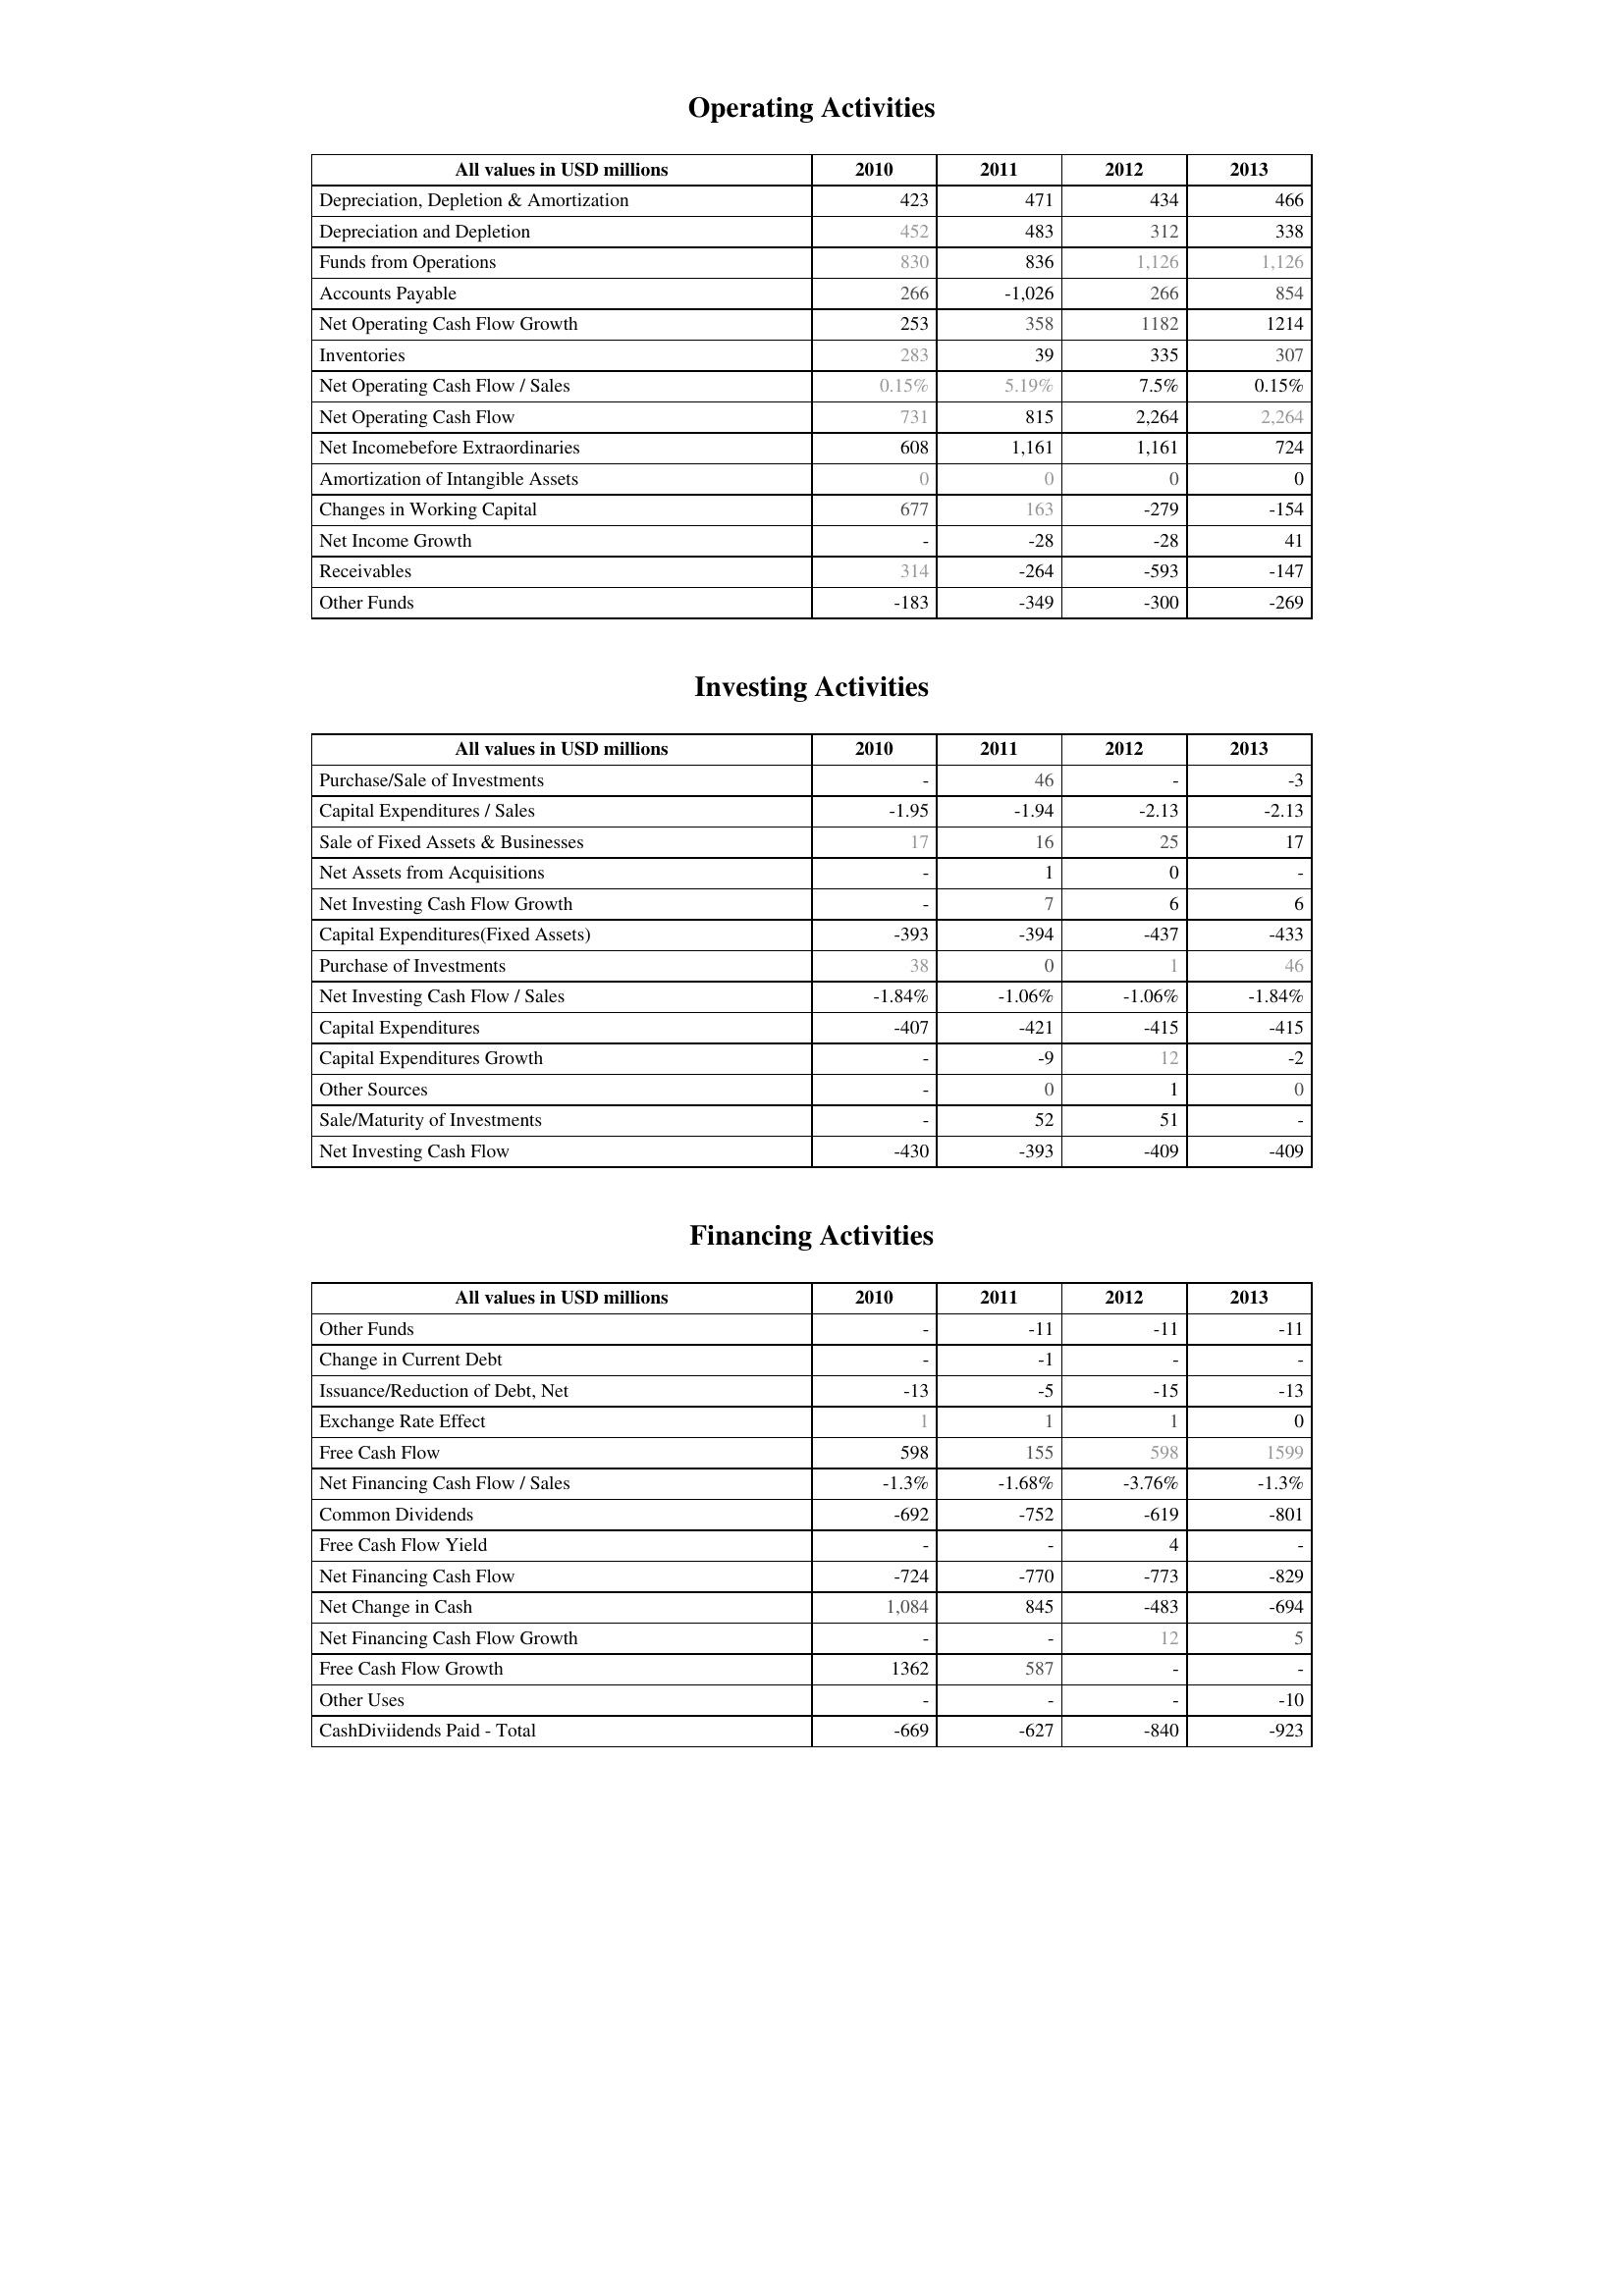
2010: Operating Activities: Depreciation, Depletion & Amortization: 423
Depreciation and Depletion: 452
Funds from Operations: 830
Accounts Payable: 266
Net Operating Cash Flow Growth: 253
Inventories: 283
Net Operating Cash Flow / Sales: 0.15%
Net Operating Cash Flow: 731
Net Incomebefore Extraordinaries: 608
Amortization of Intangible Assets: 0
Changes in Working Capital: 677
Net Income Growth: -
Receivables: 314
Other Funds: -183
Investing Activities: Purchase/Sale of Investments: -
Capital Expenditures / Sales: -1.95
Sale of Fixed Assets & Businesses: 17
Net Assets from Acquisitions: -
Net Investing Cash Flow Growth: -
Capital Expenditures(Fixed Assets): -393
Purchase of Investments: 38
Net Investing Cash Flow / Sales: -1.84%
Capital Expenditures: -407
Capital Expenditures Growth: -
Other Sources: -
Sale/Maturity of Investments: -
Net Investing Cash Flow: -430
Financing Activities: Other Funds: -
Change in Current Debt: -
Issuance/Reduction of Debt, Net: -13
Exchange Rate Effect: 1
Free Cash Flow: 598
Net Financing Cash Flow / Sales: -1.3%
Common Dividends: -692
Free Cash Flow Yield: -
Net Financing Cash Flow: -724
Net Change in Cash: 1,084
Net Financing Cash Flow Growth: -
Free Cash Flow Growth: 1362
Other Uses: -
CashDiviidends Paid - Total: -669
2011: Operating Activities: Depreciation, Depletion & Amortization: 471
Depreciation and Depletion: 483
Funds from Operations: 836
Accounts Payable: -1,026
Net Operating Cash Flow Growth: 358
Inventories: 39
Net Operating Cash Flow / Sales: 5.19%
Net Operating Cash Flow: 815
Net Incomebefore Extraordinaries: 1,161
Amortization of Intangible Assets: 0
Changes in Working Capital: 163
Net Income Growth: -28
Receivables: -264
Other Funds: -349
Investing Activities: Purchase/Sale of Investments: 46
Capital Expenditures / Sales: -1.94
Sale of Fixed Assets & Businesses: 16
Net Assets from Acquisitions: 1
Net Investing Cash Flow Growth: 7
Capital Expenditures(Fixed Assets): -394
Purchase of Investments: 0
Net Investing Cash Flow / Sales: -1.06%
Capital Expenditures: -421
Capital Expenditures Growth: -9
Other Sources: 0
Sale/Maturity of Investments: 52
Net Investing Cash Flow: -393
Financing Activities: Other Funds: -11
Change in Current Debt: -1
Issuance/Reduction of Debt, Net: -5
Exchange Rate Effect: 1
Free Cash Flow: 155
Net Financing Cash Flow / Sales: -1.68%
Common Dividends: -752
Free Cash Flow Yield: -
Net Financing Cash Flow: -770
Net Change in Cash: 845
Net Financing Cash Flow Growth: -
Free Cash Flow Growth: 587
Other Uses: -
CashDiviidends Paid - Total: -627
2012: Operating Activities: Depreciation, Depletion & Amortization: 434
Depreciation and Depletion: 312
Funds from Operations: 1,126
Accounts Payable: 266
Net Operating Cash Flow Growth: 1182
Inventories: 335
Net Operating Cash Flow / Sales: 7.5%
Net Operating Cash Flow: 2,264
Net Incomebefore Extraordinaries: 1,161
Amortization of Intangible Assets: 0
Changes in Working Capital: -279
Net Income Growth: -28
Receivables: -593
Other Funds: -300
Investing Activities: Purchase/Sale of Investments: -
Capital Expenditures / Sales: -2.13
Sale of Fixed Assets & Businesses: 25
Net Assets from Acquisitions: 0
Net Investing Cash Flow Growth: 6
Capital Expenditures(Fixed Assets): -437
Purchase of Investments: 1
Net Investing Cash Flow / Sales: -1.06%
Capital Expenditures: -415
Capital Expenditures Growth: 12
Other Sources: 1
Sale/Maturity of Investments: 51
Net Investing Cash Flow: -409
Financing Activities: Other Funds: -11
Change in Current Debt: -
Issuance/Reduction of Debt, Net: -15
Exchange Rate Effect: 1
Free Cash Flow: 598
Net Financing Cash Flow / Sales: -3.76%
Common Dividends: -619
Free Cash Flow Yield: 4
Net Financing Cash Flow: -773
Net Change in Cash: -483
Net Financing Cash Flow Growth: 12
Free Cash Flow Growth: -
Other Uses: -
CashDiviidends Paid - Total: -840
2013: Operating Activities: Depreciation, Depletion & Amortization: 466
Depreciation and Depletion: 338
Funds from Operations: 1,126
Accounts Payable: 854
Net Operating Cash Flow Growth: 1214
Inventories: 307
Net Operating Cash Flow / Sales: 0.15%
Net Operating Cash Flow: 2,264
Net Incomebefore Extraordinaries: 724
Amortization of Intangible Assets: 0
Changes in Working Capital: -154
Net Income Growth: 41
Receivables: -147
Other Funds: -269
Investing Activities: Purchase/Sale of Investments: -3
Capital Expenditures / Sales: -2.13
Sale of Fixed Assets & Businesses: 17
Net Assets from Acquisitions: -
Net Investing Cash Flow Growth: 6
Capital Expenditures(Fixed Assets): -433
Purchase of Investments: 46
Net Investing Cash Flow / Sales: -1.84%
Capital Expenditures: -415
Capital Expenditures Growth: -2
Other Sources: 0
Sale/Maturity of Investments: -
Net Investing Cash Flow: -409
Financing Activities: Other Funds: -11
Change in Current Debt: -
Issuance/Reduction of Debt, Net: -13
Exchange Rate Effect: 0
Free Cash Flow: 1599
Net Financing Cash Flow / Sales: -1.3%
Common Dividends: -801
Free Cash Flow Yield: -
Net Financing Cash Flow: -829
Net Change in Cash: -694
Net Financing Cash Flow Growth: 5
Free Cash Flow Growth: -
Other Uses: -10
CashDiviidends Paid - Total: -923